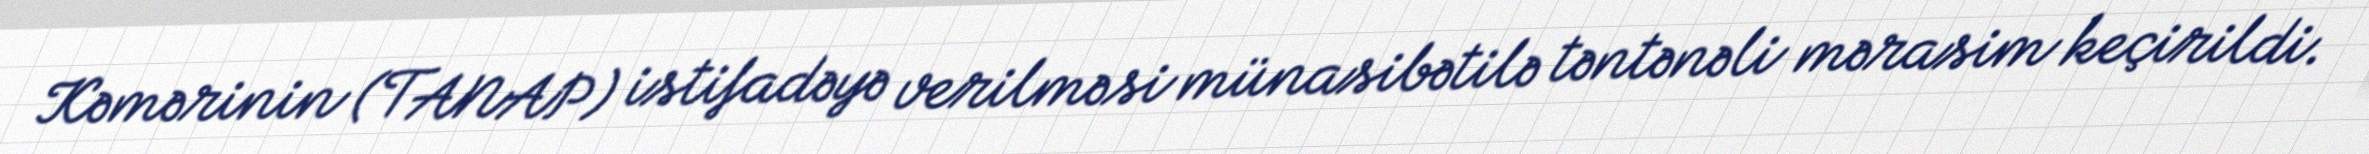
Kəmərinin (TANAP) istifadəyə verilməsi münasibətilə təntənəli mərasim keçirildi.